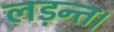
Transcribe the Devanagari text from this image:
लड़न्त।